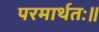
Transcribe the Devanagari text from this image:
परमार्थतः॥